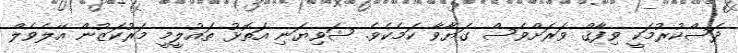
ދަސްކުރުމަކީ ވިފާޤް ވަރަށްވެސް ގަޔާވާ ކަމެކެވެ. ޝަވިޔަނި އަތޮޅު ތައުލީމީ މަރުކަޒުން އޭލެވެލް